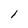
Character: l